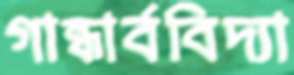
গান্ধার্ববিদ্যা